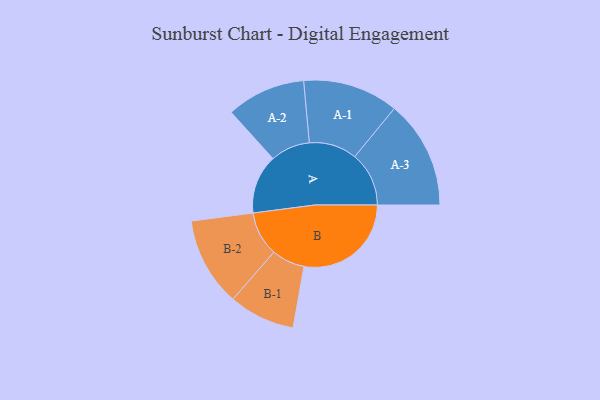
{"axis": {"x": "Segment", "y": "Value"}, "legend": ["", "A", "B"], "data": [{"x": "A", "y": 250, "type": ""}, {"x": "B", "y": 453, "type": ""}, {"x": "A-1", "y": 202, "type": "A"}, {"x": "A-2", "y": 167, "type": "A"}, {"x": "A-3", "y": 229, "type": "A"}, {"x": "B-1", "y": 140, "type": "B"}, {"x": "B-2", "y": 188, "type": "B"}]}